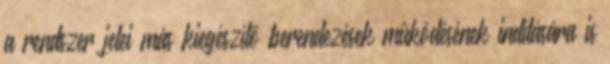
a rendszer jelei más kiegészítõ berendezések mûködésének indítására is